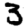
Digit: 3